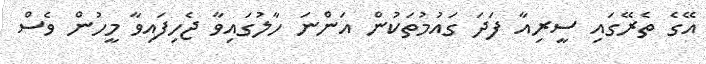
އޭގެ ތެރޭގައި ސީރިއާ ފަދަ ގައުމުތަކުން އަންނަ ހާލުގައިވާ ޖެހިފައިވާ މީހުން ވެސް